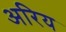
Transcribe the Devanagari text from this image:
अरिय